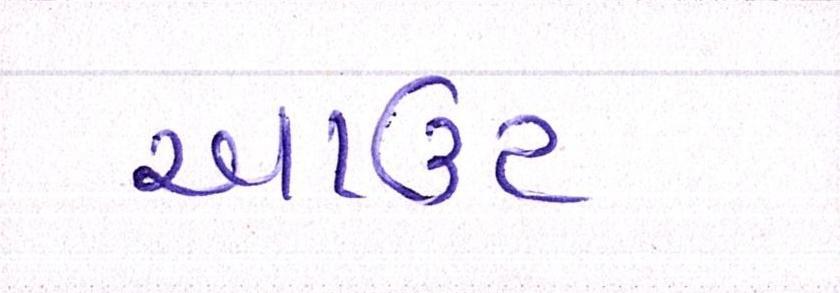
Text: આઉટ